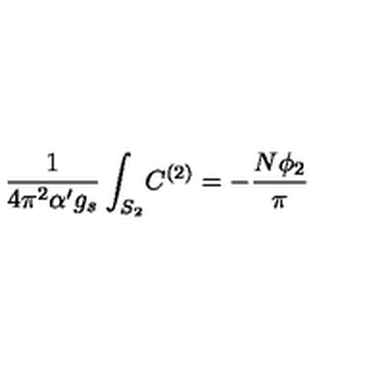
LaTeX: \frac { 1 } { 4 \pi ^ { 2 } \alpha ^ { \prime } g _ { s } } \int _ { S _ { 2 } } \! C ^ { ( 2 ) } = - \frac { N \phi _ { 2 } } { \pi }